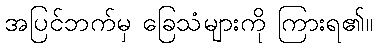
အပြင်ဘက်မှ ခြေသံများကို ကြားရ၏။